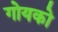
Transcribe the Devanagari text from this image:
गोयको